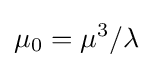
\mu _{0}=\mu ^{3}/\lambda